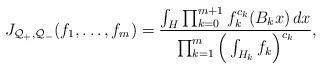
LaTeX: \begin{align*} J_{\mathcal Q_+, \mathcal Q_-}(f_1, \ldots, f_m) = \frac{\int_H \prod_{k=0}^{m+1} f_k^{c_k} (B_k x) \,dx}{\prod_{k=1}^m \Big( \int_{H_k} f_k \Big)^{c_k}},\end{align*}